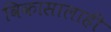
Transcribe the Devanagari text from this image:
विकासालाही